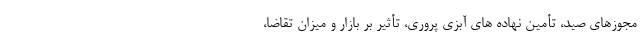
مجوزهای صید، تأمین نهاده های آبزی پروری، تأثیر بر بازار و میزان تقاضا،